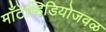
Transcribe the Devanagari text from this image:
माँटेव्हिडियोजवळ